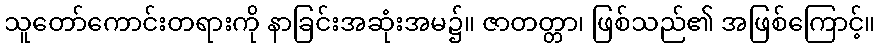
သူတော်ကောင်းတရားကို နာခြင်းအဆုံးအမ၌။ ဇာတတ္တာ၊ ဖြစ်သည်၏ အဖြစ်ကြောင့်။